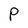
Character: p